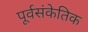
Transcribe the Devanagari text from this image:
पूर्वसंकेतिक